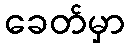
ခေတ်မှာ